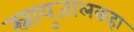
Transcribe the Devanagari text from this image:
स्नायुजालकहा